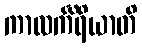
ကာလင်္ကိရိယာတိ